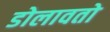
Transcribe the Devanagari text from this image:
डोलावतो